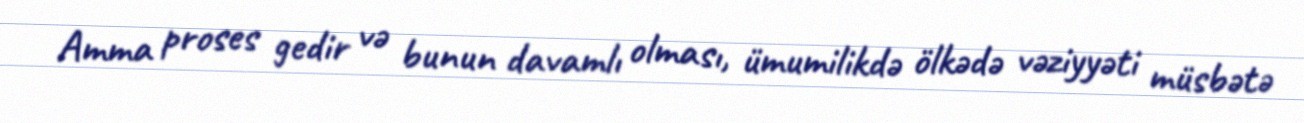
Amma proses gedir və bunun davamlı olması, ümumilikdə ölkədə vəziyyəti müsbətə